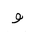
Letter: _waw